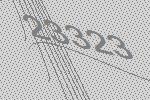
23323